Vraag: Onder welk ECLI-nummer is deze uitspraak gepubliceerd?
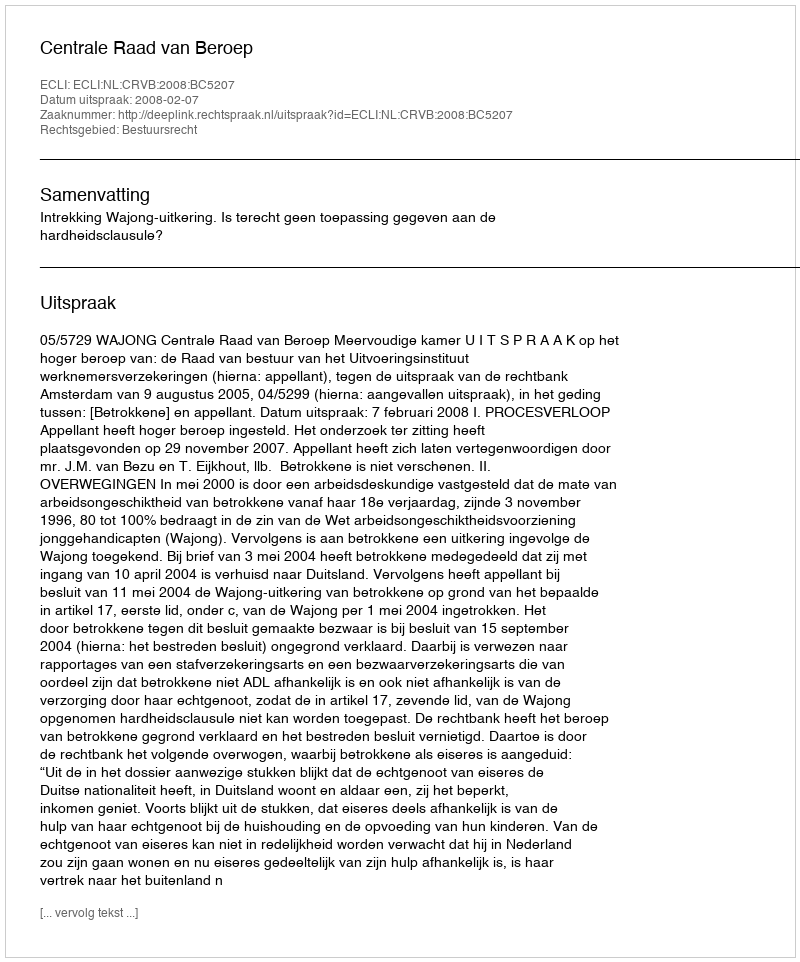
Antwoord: ECLI:NL:CRVB:2008:BC5207